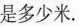
是多少米.